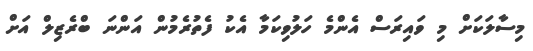
މިސާލަކަށް މި ވައިރަސް އެންމެ ހަލުވިކަމާ އެކު ފެތުރެމުން އަންނަ ބްރެޒިލް އަށް